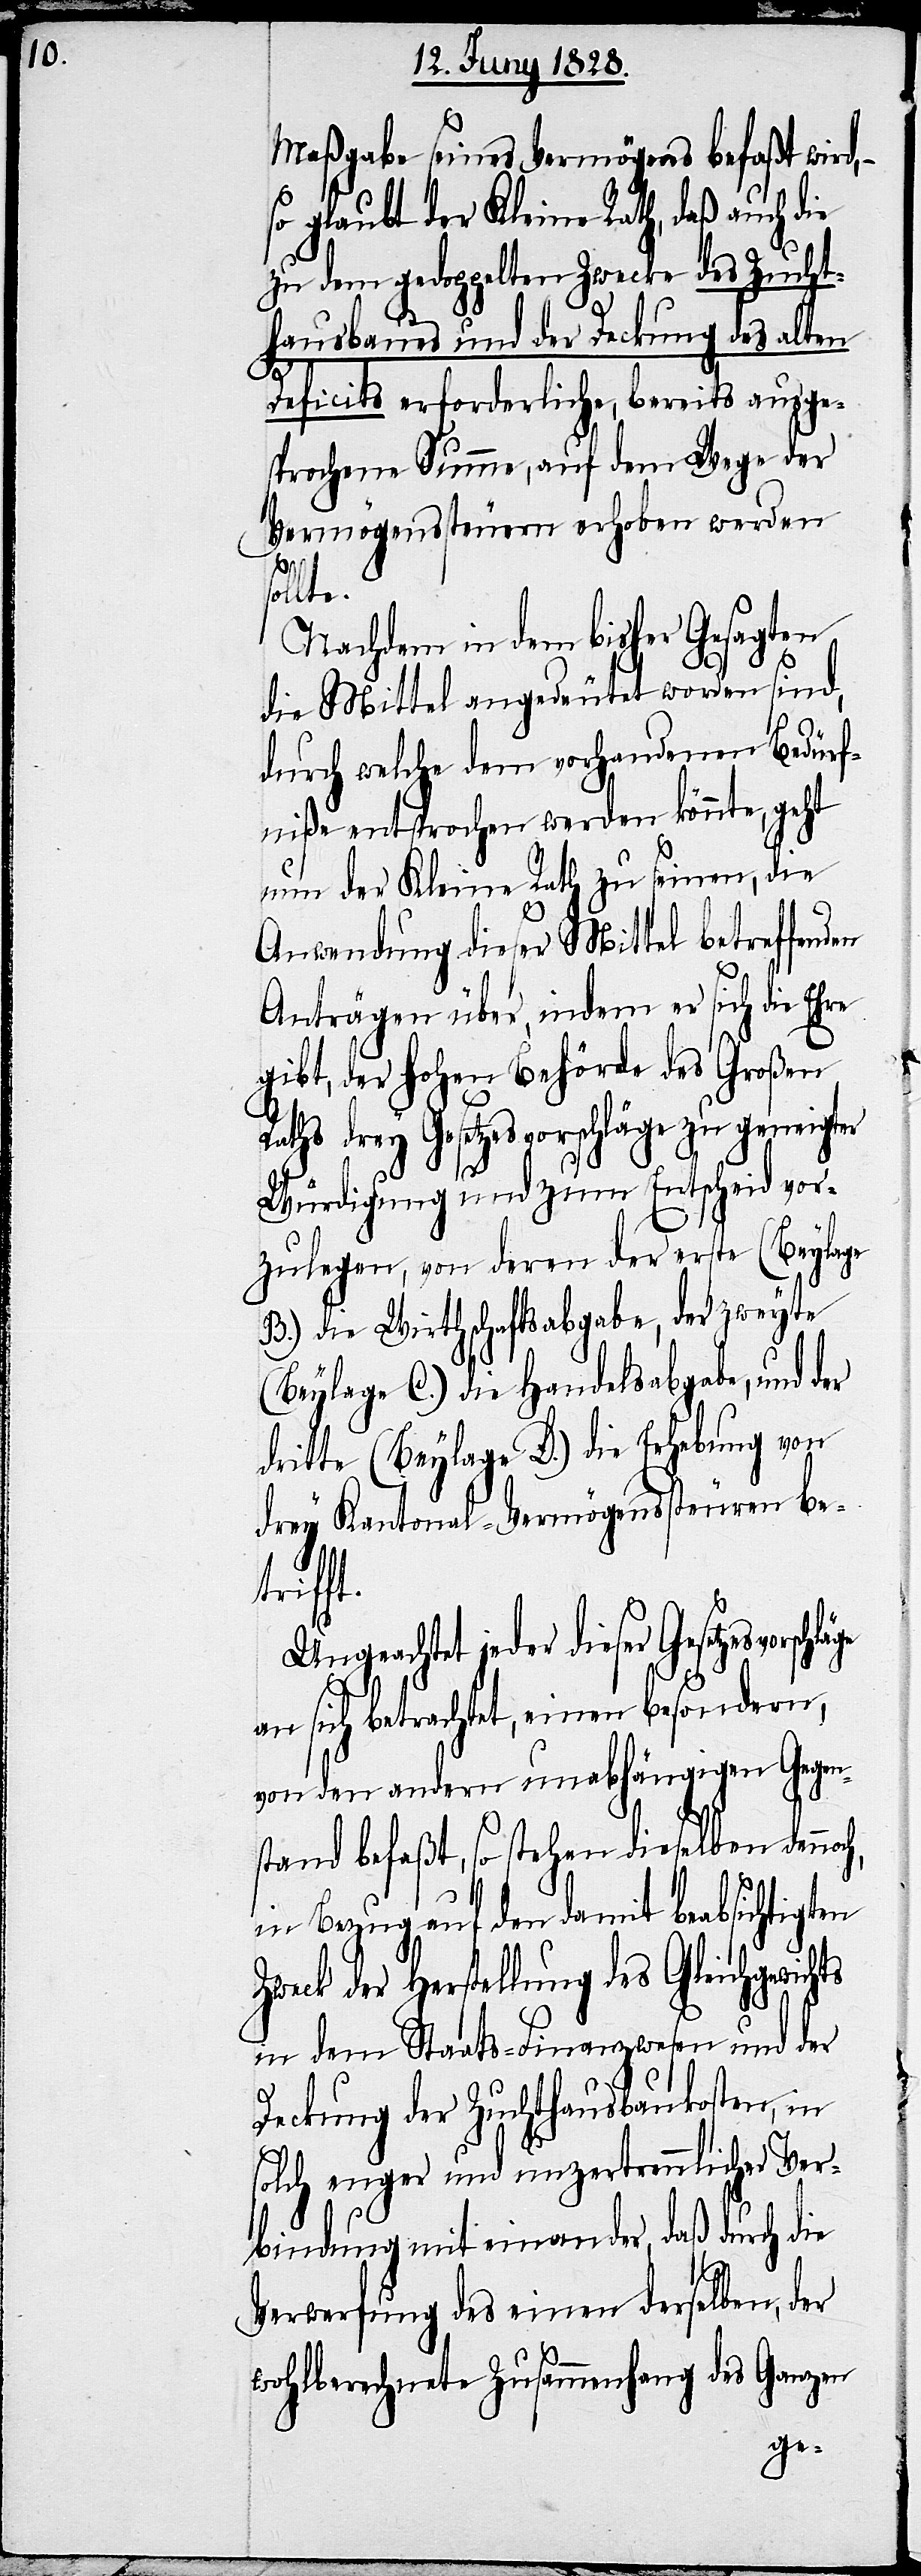
Maßgabe seines Vermögens befaßt wird,
so glaubt der Kleine Rath, daß auch die
zu dem gedoppelten Zwecke des Zucht¬
hausbaues und der Deckung des alten
hts
Deficit erforderliche, bereits ausge¬
sprochene Summe, auf dem Wege der
Vermögenssteuern erhoben werden
hläge
sollte.
Nachdem in dem bisher Gesagten
die Mittel angedeutet worden sind,
durch welche dem vorhandenen Bedürf¬
niße entsprochen werden könnte, geht
nun der Kleine Rath zu seinen, die
Anwendung dieser Mittel betreffenden
Anträgen über, indem er sich die Ehre
gibt, der hohen Behörde des Großen
Raths drey Gesetzesvorschläge zu geneigter
Würdigung und zum Entscheid vor¬
zulegen, von deren der erste (Beylage
B.) die Wirthschaftsabgabe, der zweyte
(Beylage C.) die Handelsabgabe, und
dritte (Beylage D.) die Erhebung von
drey Kantonal-Vermögenssteuren be¬
trifft.
Ungeachtet jeder dieser Gesetzesvorsc¬
an sich betrachtet, einen besondern,
von den andern unabhängigen Gegen¬
stand befaßt, so stehen dieselben denno¬
in Bezug auf den damit beabsichtigten
Zweck der Herstellung des Gleichgewic¬
in dem Staats-Finanzwesen und der
Deckung der Zuchthausbaukosten, in
solch enger und unzertrennlicher Ver¬
bindung mit einander, daß durch die
Verwerfung des einen derselben, der
wohlberechnete Zusammenhang des Ganzen